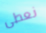
نعطى